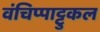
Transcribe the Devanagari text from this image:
वंचिप्पाट्टुकल